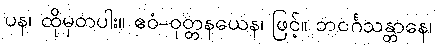
ပန၊ ထိုမှတပါး။ ဧဝံ-ဝုတ္တနယေန၊ ဖြင့်။ ဘဝင်္ဂသန္တာနေ၊